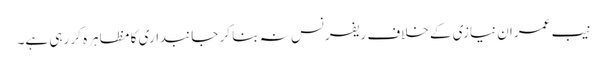
نیب عمران نیازی کے خلاف ریفرنس نہ بنا کر جانبداری کا مظاہرہ کر رہی ہے۔